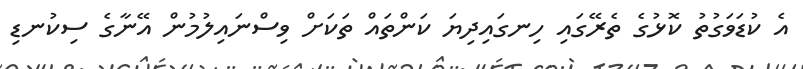
އެ ކުޑަވަގުތު ކޮޅުގެ ތެރޭގައި ހިނގައިދިޔަ ކަންތައް ތަކަށް ވިސްނައިލުމުން އޭނާގެ ސިކުނޑި